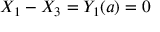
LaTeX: X _ { 1 } - X _ { 3 } = Y _ { 1 } ( a ) = 0